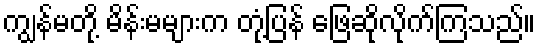
ကျွန်မတို့ မိန်းမများက တုံ့ပြန် ဖြေဆိုလိုက်ကြသည်။